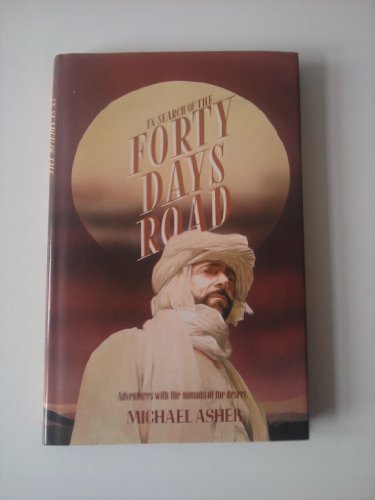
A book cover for In Search of the Forty Days Road; Michael Asher; Travel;